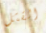
القتل